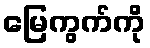
မြေကွက်ကို